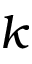
k